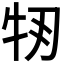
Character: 𤘞